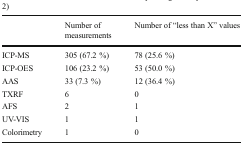
|  | Number of measurements | Number of “less than X” values |
 | --- | --- | --- |
 | ICP-MS | 305 (67.2 %) | 78 (25.6 %) |
 | ICP-OES | 106 (23.2 %) | 53 (50.0 %) |
 | AAS | 33 (7.3 %) | 12 (36.4 %) |
 | TXRF | 6 | 0 |
 | AFS | 2 | 1 |
 | UV-VIS | 1 | 1 |
 | Colorimetry | 1 | 0 |